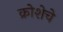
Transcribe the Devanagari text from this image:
क्रोशेचे